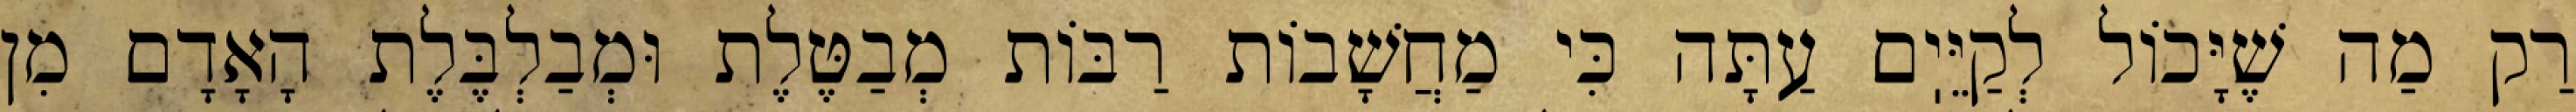
רַק מַה שֶׁיָּכוֹל לְקַיֵּיֽם עַתָּה כִּי מַחֲשָׁבוֹת רַבּוֹת מְבַטֶּלֶת וּמְבַלְבֶּלֶת הָאָדָם מִן